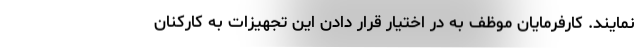
نمایند. کارفرمایان موظف به در اختیار قرار دادن این تجهیزات به کارکنان